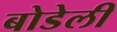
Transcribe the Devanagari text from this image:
बोडेली